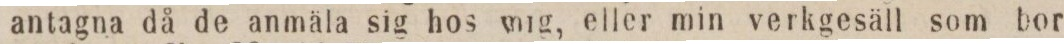
antagna då de anmäla sig hos mig, eller min verkgesäll som bor